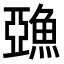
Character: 𩸇